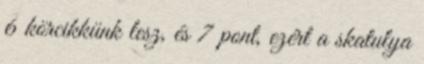
6 körcikkünk lesz, és 7 pont, ezért a skatulya